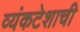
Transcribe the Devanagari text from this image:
व्यंकटेशाची